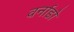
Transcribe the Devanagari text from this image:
वर्नाडो